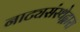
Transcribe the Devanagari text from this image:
नाट्यसंस्थेद्वारा